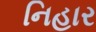
નિહાર